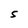
Character: S